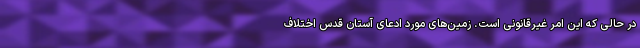
در حالی که این امر غیرقانونی است. زمین‌های مورد ادعای آستان قدس اختلاف